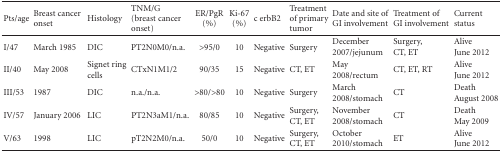
<table><thead><tr><td><b>Pts/age</b></td><td><b>Breast cancer onset</b></td><td><b>Histology</b></td><td><b>TNM/G(breast cancer onset)</b></td><td><b>ER/PgR (%)</b></td><td><b>Ki-67 (%)</b></td><td><b>c erbB2</b></td><td><b>Treatment of primary tumor</b></td><td><b>Date and site of GI involvement</b></td><td><b>Treatment of GI involvement</b></td><td><b>Current status</b></td></tr></thead><tbody><tr><td>I/47</td><td>March 1985</td><td>DIC</td><td>PT2N0M0/n.a.</td><td>&gt;95/0</td><td>10</td><td>Negative</td><td>Surgery</td><td>December 2007/jejunum</td><td>Surgery, CT, ET </td><td>AliveJune 2012</td></tr><tr><td>II/40</td><td>May 2008</td><td>Signet ring cells</td><td>CTxN1M1/2</td><td>90/35</td><td>15</td><td>Negative</td><td>CT, ET</td><td>May 2008/rectum</td><td>CT, ET, RT</td><td>AliveJune 2012</td></tr><tr><td>III/53</td><td>1987</td><td>DIC</td><td>n.a./n.a.</td><td>&gt;80/&gt;80</td><td>10</td><td>Negative</td><td>Surgery</td><td>March 2008/stomach</td><td>CT</td><td>DeathAugust 2008</td></tr><tr><td>IV/57</td><td>January 2006</td><td>LIC</td><td>PT2N3aM1/n.a.</td><td>80/85</td><td>10</td><td>Negative</td><td>Surgery, CT, ET</td><td>November 2008/stomach</td><td>CT</td><td>DeathMay 2009</td></tr><tr><td>V/63</td><td>1998</td><td>LIC</td><td>pT2N2M0/n.a.</td><td>50/0</td><td>10</td><td>Negative</td><td>Surgery, CT, ET</td><td>October 2010/stomach</td><td>ET</td><td>AliveJune 2012 </td></tr></tbody></table>